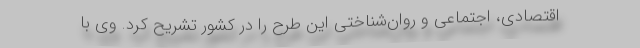
اقتصادی، اجتماعی و روان‌شناختی این طرح را در کشور تشریح کرد. وی با